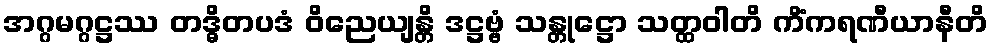
အဂ္ဂမဂ္ဂဋ္ဌဿ တဒ္ဓိတပဒံ ဝိညေယျန္တိ ဒဋ္ဌဗ္ဗံ သန္တုဋ္ဌော သတ္ထဝါတိ ကိံကရဏီယာနီတိ